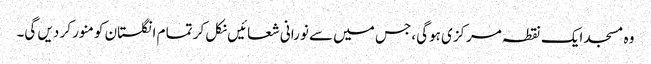
وہ مسجد ایک نقطہ مرکزی ہوگی، جس میں سے نورانی شعائیں نکل کر تما م انگلستان کو منور کر دیں گی۔